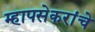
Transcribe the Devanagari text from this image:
म्हापसेकरांचे